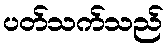
ပတ်သက်သည်